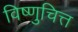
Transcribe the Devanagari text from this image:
विष्णुचित्त